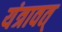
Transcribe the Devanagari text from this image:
यंत्रावत्